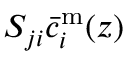
S _ { j i } \bar { c } _ { i } ^ { \mathrm { m } } ( z )